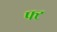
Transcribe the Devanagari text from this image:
फ्ट